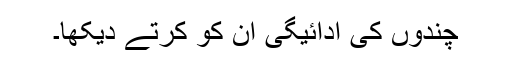
چندوں کی ادائیگی ان کو کرتے دیکھا۔